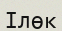
Ілөк